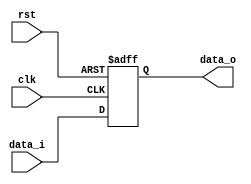
module pipeline_reg(clk,rst,data_i,data_o);



input clk;
input rst;

parameter size = 0;


input wire	[size-1:0] data_i;
output [size-1:0] data_o;
reg [size-1:0] data_o;

always @(posedge clk,negedge rst) 
begin
	if(rst)
	   data_o<=data_i;
	else
	   data_o<=0; 
end

endmodule